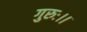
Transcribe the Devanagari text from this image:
गुरुः।।